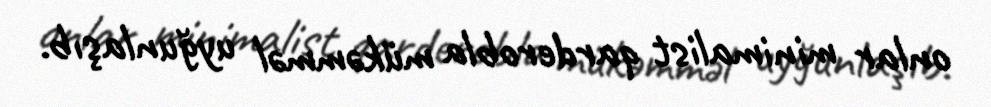
onlar minimalist qarderobla mükəmməl uyğunlaşıb.